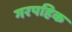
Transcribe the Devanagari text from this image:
गरपहिक